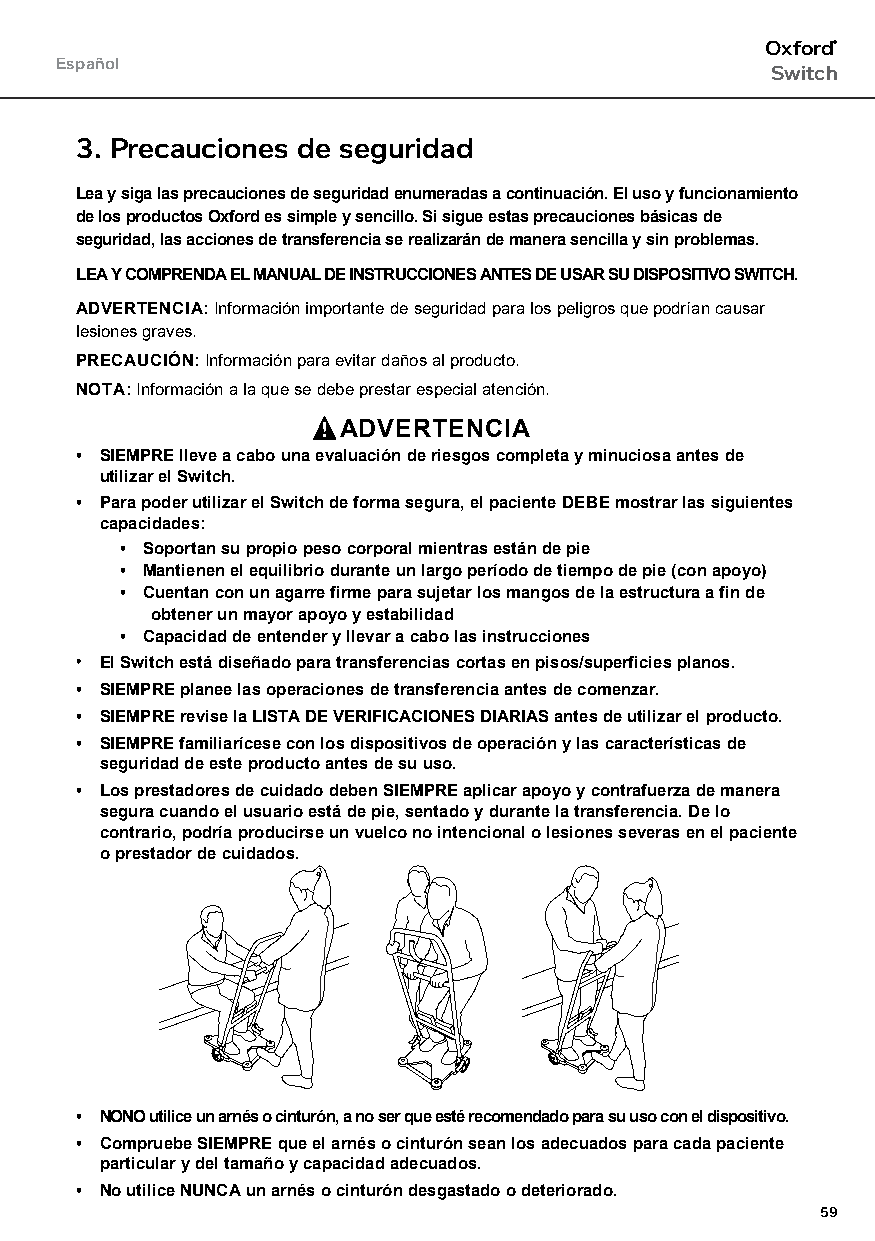
Oxford®
 Español
 Switch
 3. Precauciones de seguridad
 Lea y siga las precauciones de seguridad enumeradas a continuación. El uso y funcionamiento
 de los productos Oxford es simple y sencillo. Si sigue estas precauciones básicas de
 seguridad, las acciones de transferencia se realizarán de manera sencilla y sin problemas.
 LEA Y COMPRENDA EL MANUAL DE INSTRUCCIONES ANTES DE USAR SU DISPOSITIVO SWITCH.
 ADVERTENCIA: Información importante de seguridad para los peligros que podrían causar
 lesiones graves.
 PRECAUCIÓN: Información para evitar daños al producto.
 NOTA: Información a la que se debe prestar especial atención.
 ADVERTENCIA
 • SIEMPRE lleve a cabo una evaluación de riesgos completa y minuciosa antes de
 utilizar el Switch.
 • Para poder utilizar el Switch de forma segura, el paciente DEBE mostrar las siguientes
 capacidades:
 • Soportan su propio peso corporal mientras están de pie
 • Mantienen el equilibrio durante un largo período de tiempo de pie (con apoyo)
 • Cuentan con un agarre firme para sujetar los mangos de la estructura a fin de
 obtener un mayor apoyo y estabilidad
 • Capacidad de entender y llevar a cabo las instrucciones
 • El Switch está diseñado para transferencias cortas en pisos/superficies planos.
 • SIEMPRE planee las operaciones de transferencia antes de comenzar.
 • SIEMPRE revise la LISTA DE VERIFICACIONES DIARIAS antes de utilizar el producto.
 • SIEMPRE familiarícese con los dispositivos de operación y las características de
 seguridad de este producto antes de su uso.
 • Los prestadores de cuidado deben SIEMPRE aplicar apoyo y contrafuerza de manera
 segura cuando el usuario está de pie, sentado y durante la transferencia. De lo
 contrario, podría producirse un vuelco no intencional o lesiones severas en el paciente
 o prestador de cuidados.
 • NONO utilice un arnés o cinturón, a no ser que esté recomendado para su uso con el dispositivo.
 • Compruebe SIEMPRE que el arnés o cinturón sean los adecuados para cada paciente
 particular y del tamaño y capacidad adecuados.
 • No utilice NUNCA un arnés o cinturón desgastado o deteriorado.
 59